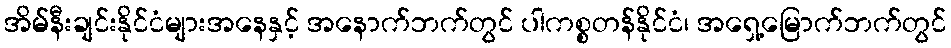
အိမ်နီးချင်းနိုင်ငံများအနေနှင့် အနောက်ဘက်တွင် ပါကစ္စတန်နိုင်ငံ၊ အရှေ့မြောက်ဘက်တွင်